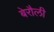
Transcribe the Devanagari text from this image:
बेरौली